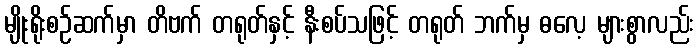
မျိုးရိုးစဉ်ဆက်မှာ တိဗက် တရုတ်နှင့် နီးစပ်သဖြင့် တရုတ် ဘက်မှ ဓလေ့ များစွာလည်း